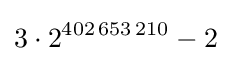
3\cdot 2^{402\,653\,210}-2